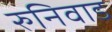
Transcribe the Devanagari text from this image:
रुनिवाड